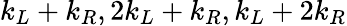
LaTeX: k_{L}+k_{R},2k_{L}+k_{R},k_{L}+2k_{R}